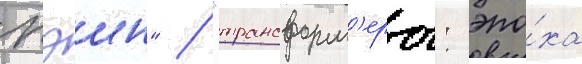
пэин" / "трансформ'еры: эпо́ха